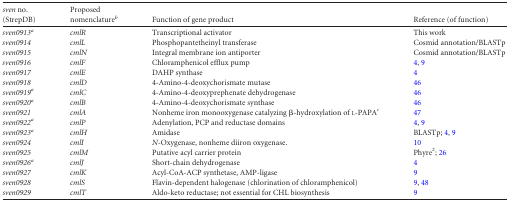
<table><thead><tr><td><b><i>sven</i> no. (StrepDB)</b></td><td><b>Proposed nomenclature<sup><i>b</i></sup></b></td><td><b>Function of gene product</b></td><td><b>Reference (of function)</b></td></tr></thead><tbody><tr><td><i>sven0913</i><sup><i>a</i></sup></td><td><i>cmlR</i></td><td>Transcriptional activator</td><td>This work</td></tr><tr><td><i>sven0914</i></td><td><i>cmlL</i></td><td>Phosphopantetheinyl transferase</td><td>Cosmid annotation/BLASTp</td></tr><tr><td><i>sven0915</i></td><td><i>cmlN</i></td><td>Integral membrane ion antiporter</td><td>Cosmid annotation/BLASTp</td></tr><tr><td><i>sven0916</i></td><td><i>cmlF</i></td><td>Chloramphenicol efflux pump</td><td>4, 9</td></tr><tr><td><i>sven0917</i></td><td><i>cmlE</i></td><td>DAHP synthase</td><td>4</td></tr><tr><td><i>sven0918</i></td><td><i>cmlD</i></td><td>4-Amino-4-deoxychorismate mutase</td><td>46</td></tr><tr><td><i>sven0919</i><sup><i>a</i></sup></td><td><i>cmlC</i></td><td>4-Amino-4-deoxyprephenate dehydrogenase</td><td>46</td></tr><tr><td><i>sven0920</i><sup><i>a</i></sup></td><td><i>cmlB</i></td><td>4-Amino-4-deoxychorismate synthase</td><td>46</td></tr><tr><td><i>sven0921</i></td><td><i>cmlA</i></td><td>Nonheme iron monooxygenase catalyzing β-hydroxylation of l-PAPA<sup><i>c</i></sup></td><td>47</td></tr><tr><td><i>sven0922</i><sup><i>a</i></sup></td><td><i>cmlP</i></td><td>Adenylation, PCP and reductase domains</td><td>4, 9</td></tr><tr><td><i>sven0923</i><sup><i>a</i></sup></td><td><i>cmlH</i></td><td>Amidase</td><td>BLASTp; 4, 9</td></tr><tr><td><i>sven0924</i></td><td><i>cmlI</i></td><td><i>N</i>-Oxygenase, nonheme diiron oxygenase.</td><td>10</td></tr><tr><td><i>sven0925</i></td><td><i>cmlM</i></td><td>Putative acyl carrier protein</td><td>Phyre<sup>2</sup>; 26</td></tr><tr><td><i>sven0926</i><sup><i>a</i></sup></td><td><i>cmlJ</i></td><td>Short-chain dehydrogenase</td><td>4</td></tr><tr><td><i>sven0927</i></td><td><i>cmlK</i></td><td>Acyl-CoA-ACP synthetase, AMP-ligase</td><td>9</td></tr><tr><td><i>sven0928</i></td><td><i>cmlS</i></td><td>Flavin-dependent halogenase (chlorination of chloramphenicol)</td><td>9, 48</td></tr><tr><td><i>sven0929</i></td><td><i>cmlT</i></td><td>Aldo-keto reductase; not essential for CHL biosynthesis</td><td>9</td></tr></tbody></table>